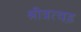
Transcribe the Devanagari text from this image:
श्रीत्रत्वड़